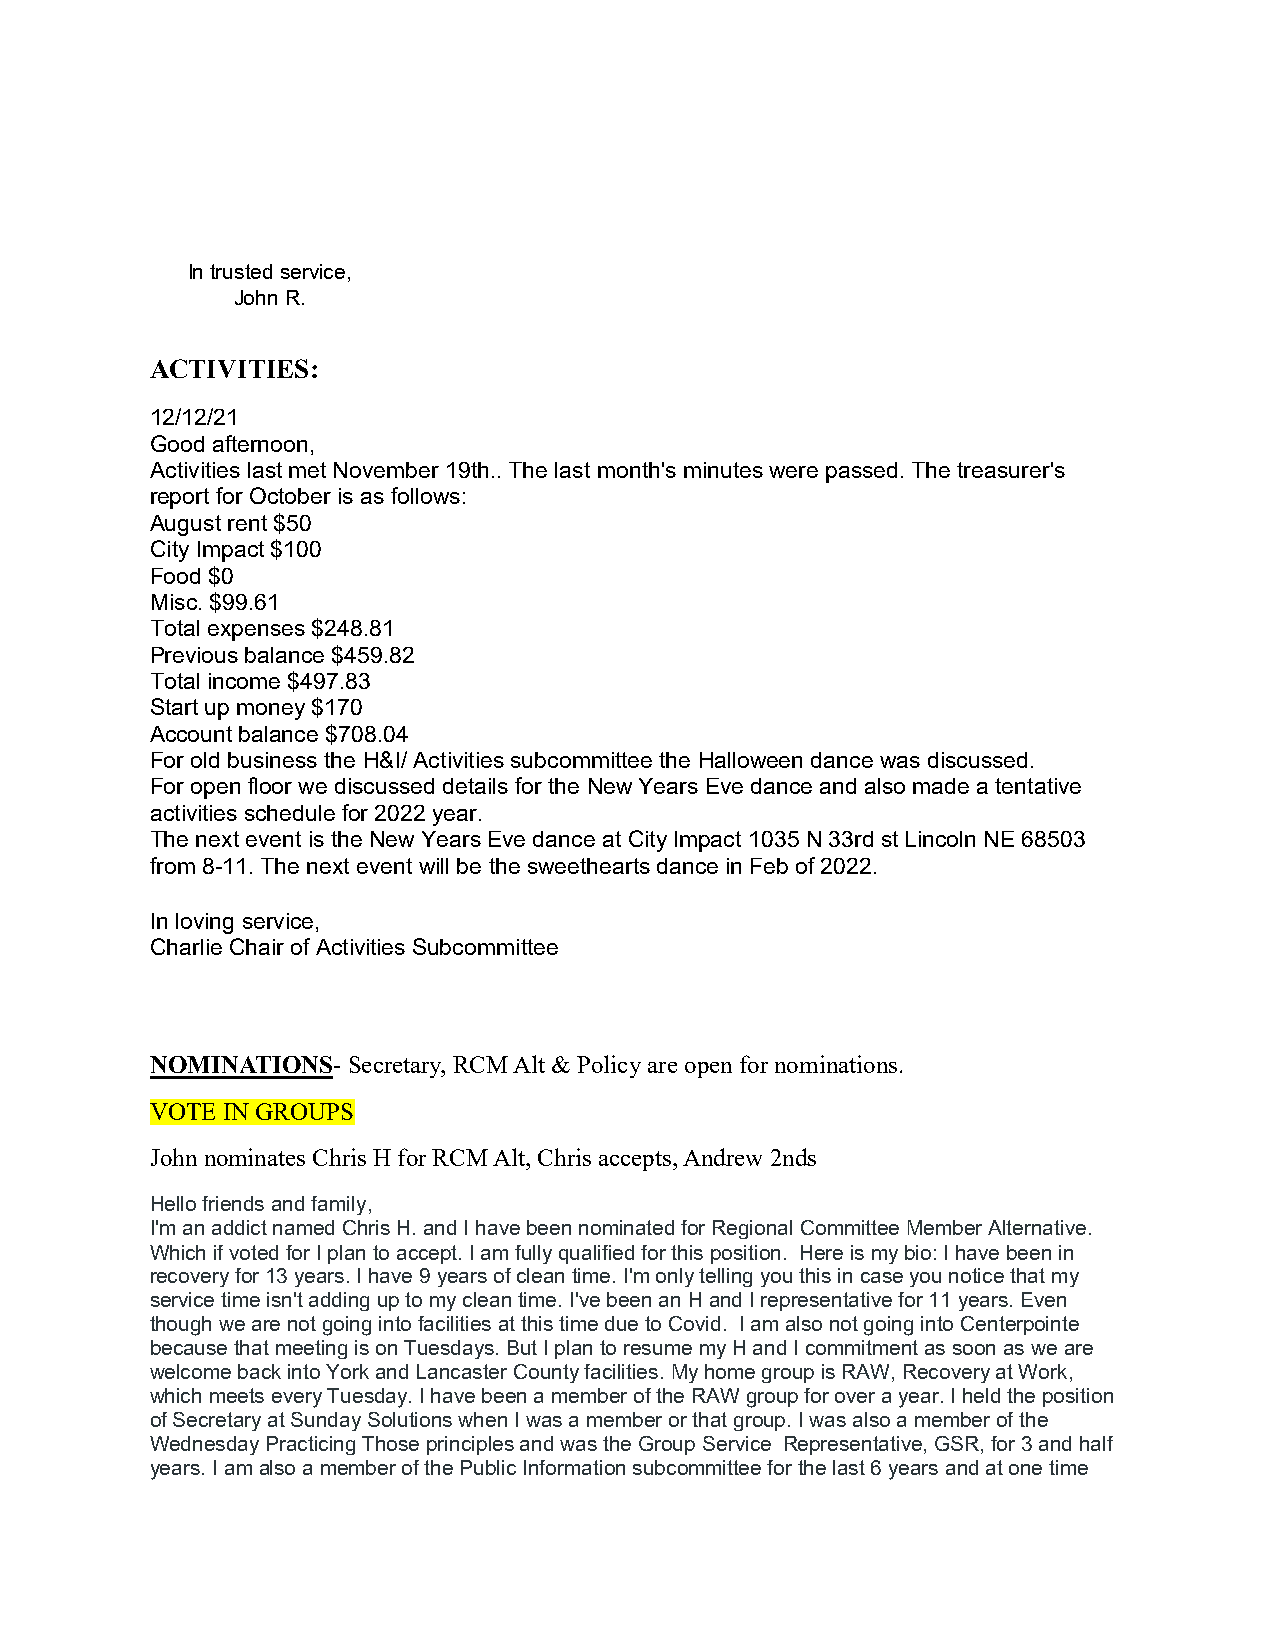
In trusted service,
 John R.
 ACTIVITIES:
 12/12/21
 Good afternoon,
 Activities last met November 19th.. The last month's minutes were passed. The treasurer's
 report for October is as follows:
 August rent $50
 City Impact $100
 Food $0
 Misc. $99.61
 Total expenses $248.81
 Previous balance $459.82
 Total income $497.83
 Start up money $170
 Account balance $708.04
 For old business the H&I/ Activities subcommittee the Halloween dance was discussed.
 For open floor we discussed details for the New Years Eve dance and also made a tentative
 activities schedule for 2022 year.
 The next event is the New Years Eve dance at City Impact 1035 N 33rd st Lincoln NE 68503
 from 8-11. The next event will be the sweethearts dance in Feb of 2022.
 In loving service,
 Charlie Chair of Activities Subcommittee
 NOMINATIONS- Secretary, RCM Alt & Policy are open for nominations.
 VOTE IN GROUPS
 John nominates Chris H for RCM Alt, Chris accepts, Andrew 2nds
 Hello friends and family,
 I'm an addict named Chris H. and I have been nominated for Regional Committee Member Alternative.
 Which if voted for I plan to accept. I am fully qualified for this position. Here is my bio: I have been in
 recovery for 13 years. I have 9 years of clean time. I'm only telling you this in case you notice that my
 service time isn't adding up to my clean time. I've been an H and I representative for 11 years. Even
 though we are not going into facilities at this time due to Covid. I am also not going into Centerpointe
 because that meeting is on Tuesdays. But I plan to resume my H and I commitment as soon as we are
 welcome back into York and Lancaster County facilities. My home group is RAW, Recovery at Work,
 which meets every Tuesday. I have been a member of the RAW group for over a year. I held the position
 of Secretary at Sunday Solutions when I was a member or that group. I was also a member of the
 Wednesday Practicing Those principles and was the Group Service Representative, GSR, for 3 and half
 years. I am also a member of the Public Information subcommittee for the last 6 years and at one time